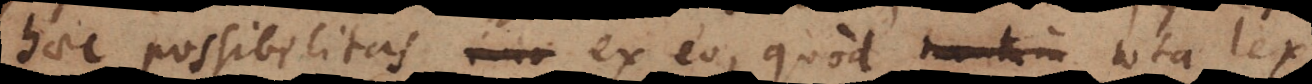
haec possibilitas ex eo, quod tota lex